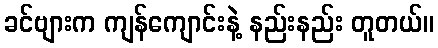
ခင်ဗျားက ကျန်ကျောင်းနဲ့ နည်းနည်း တူတယ်။